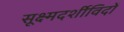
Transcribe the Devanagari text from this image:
सूक्ष्मदर्शीविदों